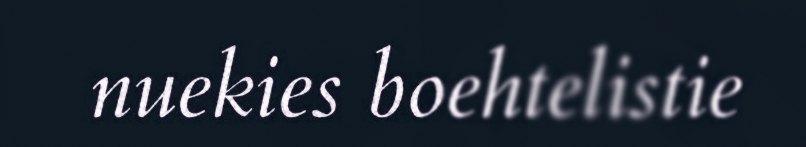
nuekies boehtelistie